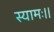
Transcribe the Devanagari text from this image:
स्यामः।।